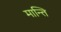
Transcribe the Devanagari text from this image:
मान्ति